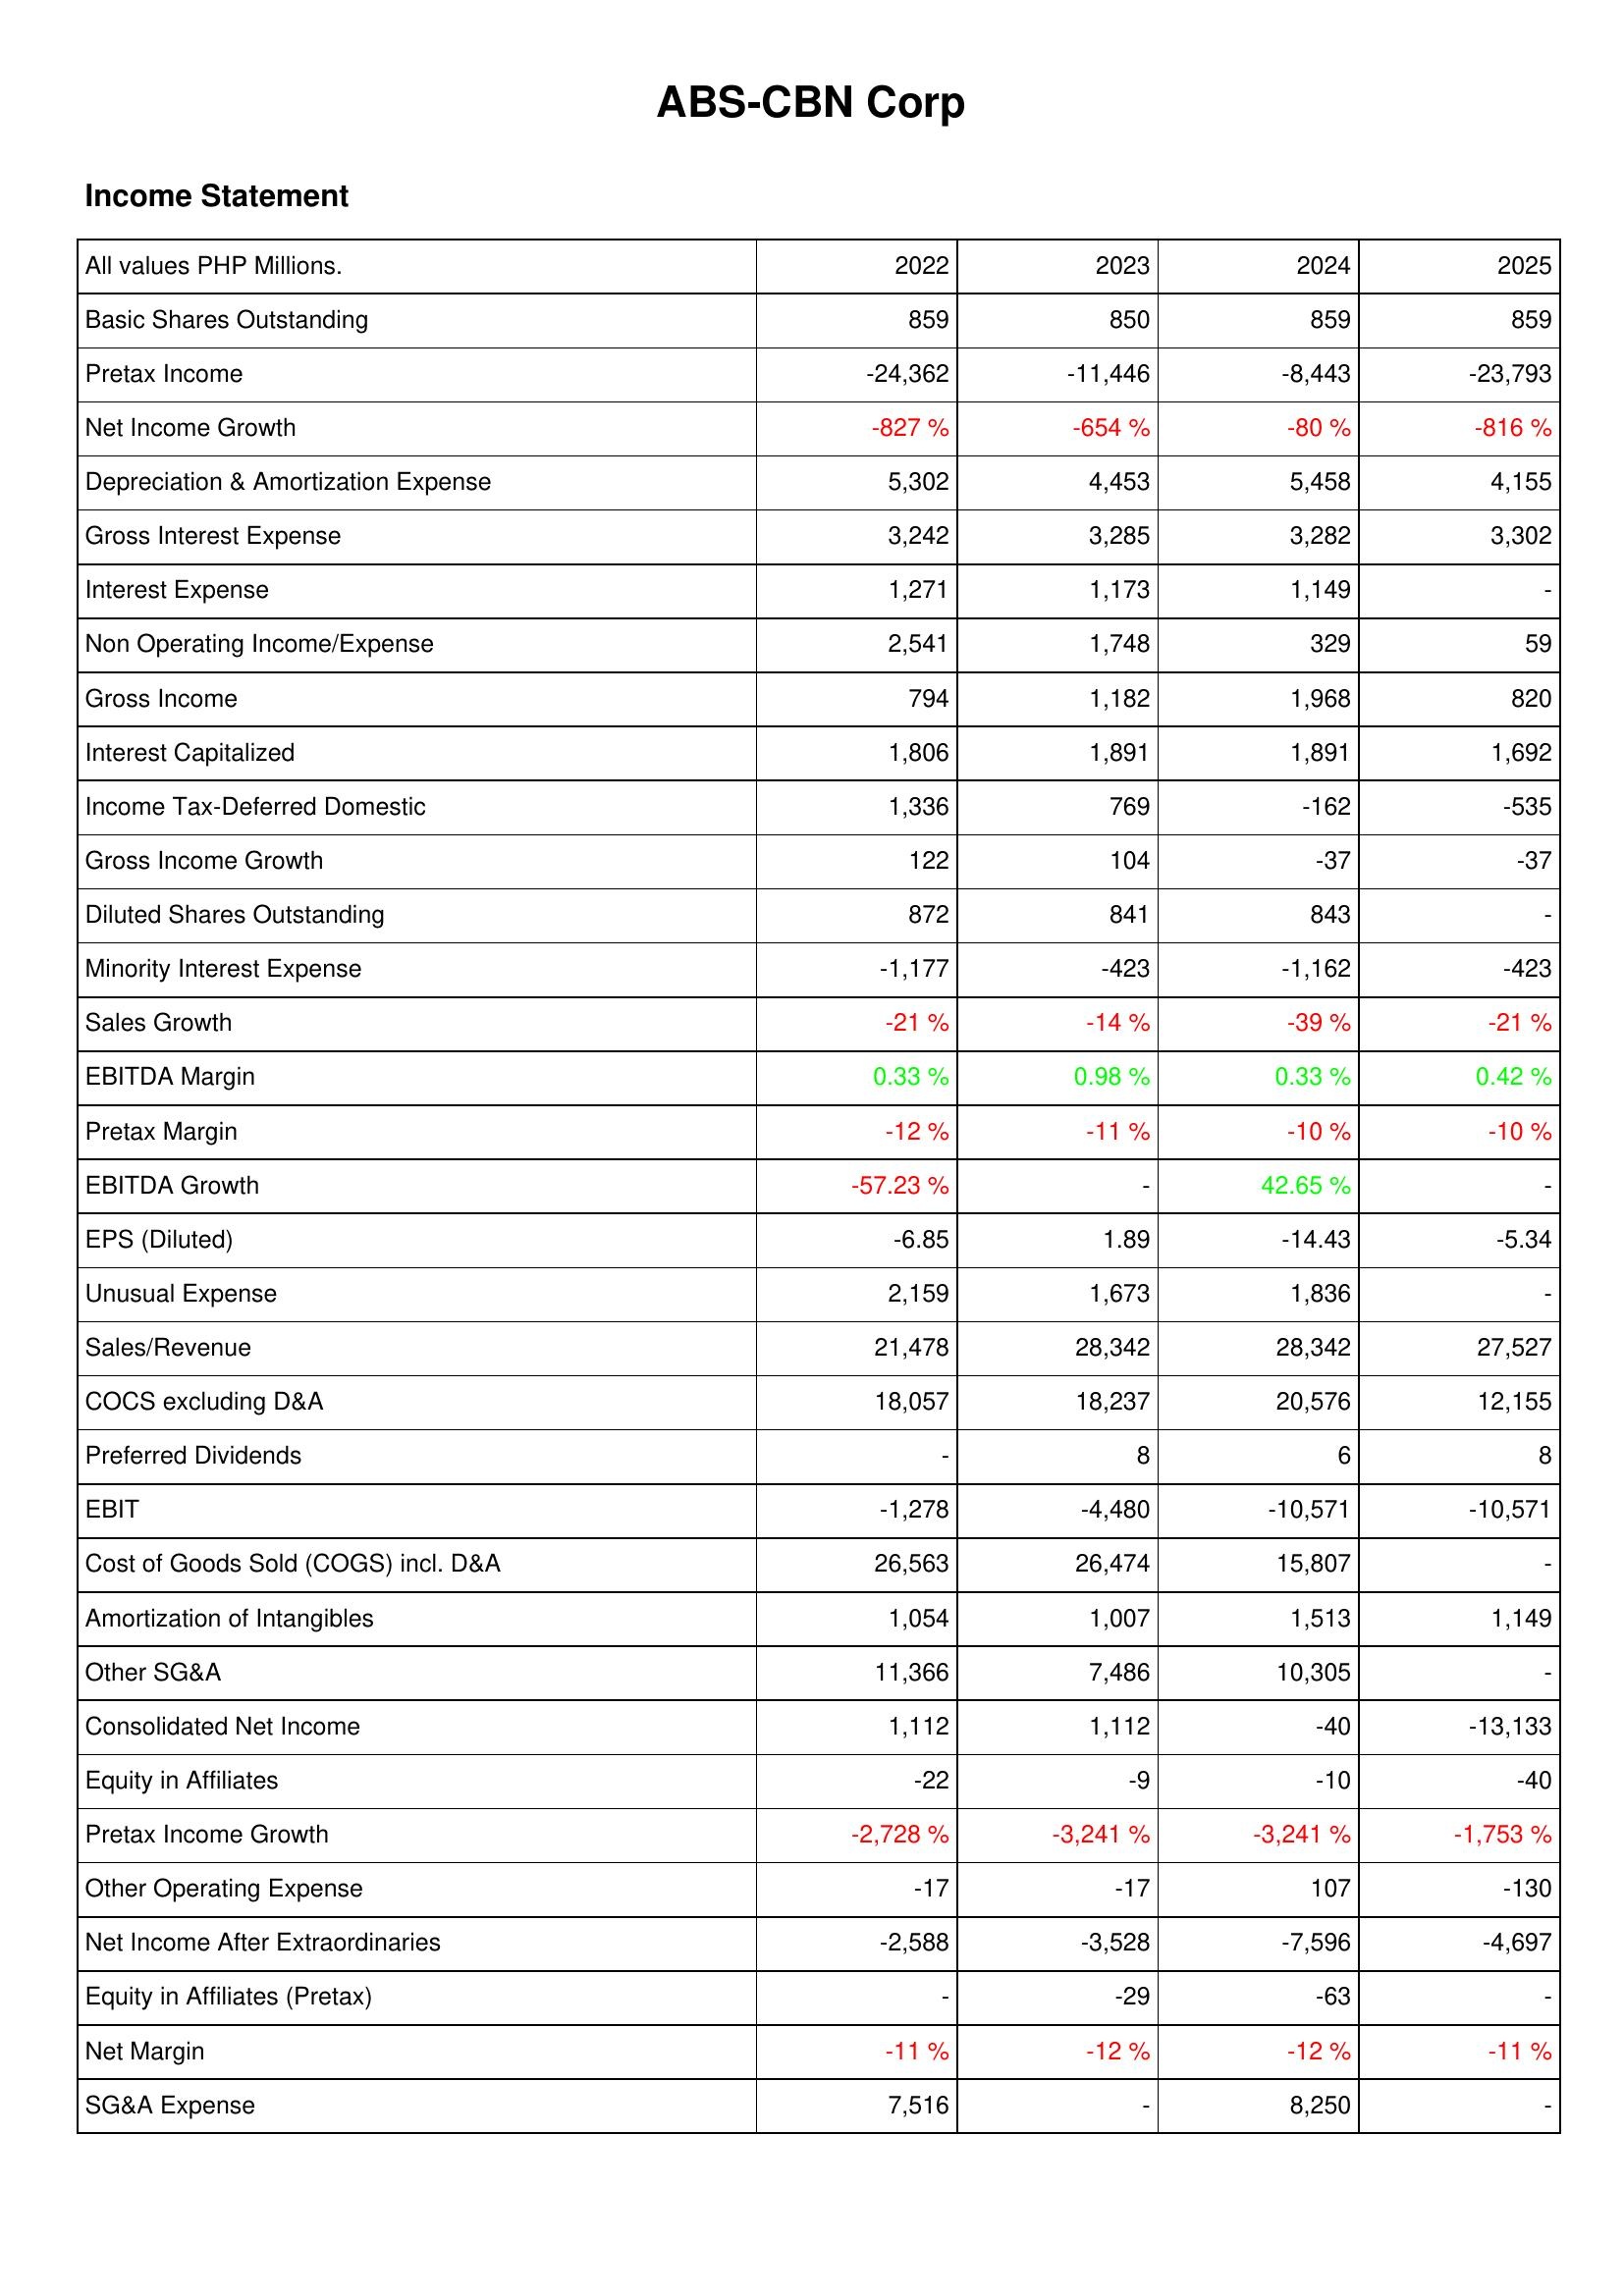
2022: Income Statement: Basic Shares Outstanding: 859
Pretax Income: -24,362
Net Income Growth: -827 %
Depreciation & Amortization Expense: 5,302
Gross Interest Expense: 3,242
Interest Expense: 1,271
Non Operating Income/Expense: 2,541
Gross Income: 794
Interest Capitalized: 1,806
Income Tax-Deferred Domestic: 1,336
Gross Income Growth: 122
Diluted Shares Outstanding: 872
Minority Interest Expense: -1,177
Sales Growth: -21 %
EBITDA Margin: 0.33 %
Pretax Margin: -12 %
EBITDA Growth: -57.23 %
EPS (Diluted): -6.85
Unusual Expense: 2,159
Sales/Revenue: 21,478
COCS excluding D&A: 18,057
Preferred Dividends: -
EBIT: -1,278
Cost of Goods Sold (COGS) incl. D&A: 26,563
Amortization of Intangibles: 1,054
Other SG&A: 11,366
Consolidated Net Income: 1,112
Equity in Affiliates: -22
Pretax Income Growth: -2,728 %
Other Operating Expense: -17
Net Income After Extraordinaries: -2,588
Equity in Affiliates (Pretax): -
Net Margin: -11 %
SG&A Expense: 7,516
2023: Income Statement: Basic Shares Outstanding: 850
Pretax Income: -11,446
Net Income Growth: -654 %
Depreciation & Amortization Expense: 4,453
Gross Interest Expense: 3,285
Interest Expense: 1,173
Non Operating Income/Expense: 1,748
Gross Income: 1,182
Interest Capitalized: 1,891
Income Tax-Deferred Domestic: 769
Gross Income Growth: 104
Diluted Shares Outstanding: 841
Minority Interest Expense: -423
Sales Growth: -14 %
EBITDA Margin: 0.98 %
Pretax Margin: -11 %
EBITDA Growth: -
EPS (Diluted): 1.89
Unusual Expense: 1,673
Sales/Revenue: 28,342
COCS excluding D&A: 18,237
Preferred Dividends: 8
EBIT: -4,480
Cost of Goods Sold (COGS) incl. D&A: 26,474
Amortization of Intangibles: 1,007
Other SG&A: 7,486
Consolidated Net Income: 1,112
Equity in Affiliates: -9
Pretax Income Growth: -3,241 %
Other Operating Expense: -17
Net Income After Extraordinaries: -3,528
Equity in Affiliates (Pretax): -29
Net Margin: -12 %
SG&A Expense: -
2024: Income Statement: Basic Shares Outstanding: 859
Pretax Income: -8,443
Net Income Growth: -80 %
Depreciation & Amortization Expense: 5,458
Gross Interest Expense: 3,282
Interest Expense: 1,149
Non Operating Income/Expense: 329
Gross Income: 1,968
Interest Capitalized: 1,891
Income Tax-Deferred Domestic: -162
Gross Income Growth: -37
Diluted Shares Outstanding: 843
Minority Interest Expense: -1,162
Sales Growth: -39 %
EBITDA Margin: 0.33 %
Pretax Margin: -10 %
EBITDA Growth: 42.65 %
EPS (Diluted): -14.43
Unusual Expense: 1,836
Sales/Revenue: 28,342
COCS excluding D&A: 20,576
Preferred Dividends: 6
EBIT: -10,571
Cost of Goods Sold (COGS) incl. D&A: 15,807
Amortization of Intangibles: 1,513
Other SG&A: 10,305
Consolidated Net Income: -40
Equity in Affiliates: -10
Pretax Income Growth: -3,241 %
Other Operating Expense: 107
Net Income After Extraordinaries: -7,596
Equity in Affiliates (Pretax): -63
Net Margin: -12 %
SG&A Expense: 8,250
2025: Income Statement: Basic Shares Outstanding: 859
Pretax Income: -23,793
Net Income Growth: -816 %
Depreciation & Amortization Expense: 4,155
Gross Interest Expense: 3,302
Interest Expense: -
Non Operating Income/Expense: 59
Gross Income: 820
Interest Capitalized: 1,692
Income Tax-Deferred Domestic: -535
Gross Income Growth: -37
Diluted Shares Outstanding: -
Minority Interest Expense: -423
Sales Growth: -21 %
EBITDA Margin: 0.42 %
Pretax Margin: -10 %
EBITDA Growth: -
EPS (Diluted): -5.34
Unusual Expense: -
Sales/Revenue: 27,527
COCS excluding D&A: 12,155
Preferred Dividends: 8
EBIT: -10,571
Cost of Goods Sold (COGS) incl. D&A: -
Amortization of Intangibles: 1,149
Other SG&A: -
Consolidated Net Income: -13,133
Equity in Affiliates: -40
Pretax Income Growth: -1,753 %
Other Operating Expense: -130
Net Income After Extraordinaries: -4,697
Equity in Affiliates (Pretax): -
Net Margin: -11 %
SG&A Expense: -